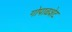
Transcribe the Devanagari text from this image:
गोपाळशेट